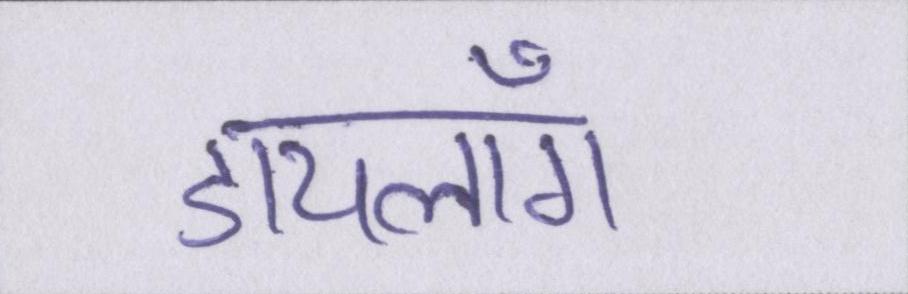
डायलॉग